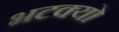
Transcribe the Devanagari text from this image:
भटक्‍यो